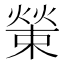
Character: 𤎊